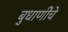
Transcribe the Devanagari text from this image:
बुधाणींचे